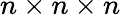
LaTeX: n\times n\times n